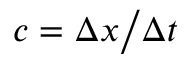
c = { { \Delta x } \mathord { \left/ { \vphantom { { \Delta x } { \Delta t } } } \right. \kern - \nulldelimiterspace } { \Delta t } }